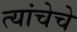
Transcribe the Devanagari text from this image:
त्यांचेचे